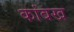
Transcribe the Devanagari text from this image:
कांबख